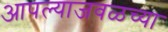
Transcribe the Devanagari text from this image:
आपल्याजवळच्या